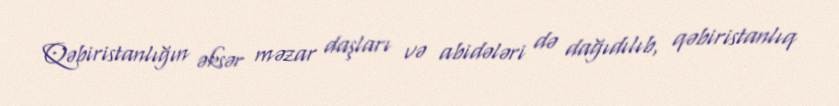
Qəbiristanlığın əksər məzar daşları və abidələri də dağıdılıb, qəbiristanlıq